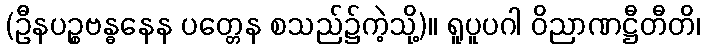
(ဦနပဉ္စဗန္ဓနေန ပတ္တေန စသည်၌ကဲ့သို့)။ ရူပူပဂါ ဝိညာဏဋ္ဌီတီတိ၊